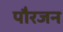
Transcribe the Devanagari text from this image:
पौरजन